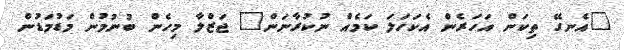
"އެނގޭ ތިކަން އަހަރެން އެކަހަލަ ކަމެއް ނުކުރާނަން" ޖަޒްލާ މިހެން ބުނުމުން މަޑުމަޑުން